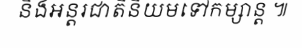
និងអន្តរជាតិនិយមទៅកម្សាន្ត ៕